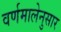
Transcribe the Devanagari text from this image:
वर्णमालेनुसार